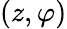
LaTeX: (z,\varphi)